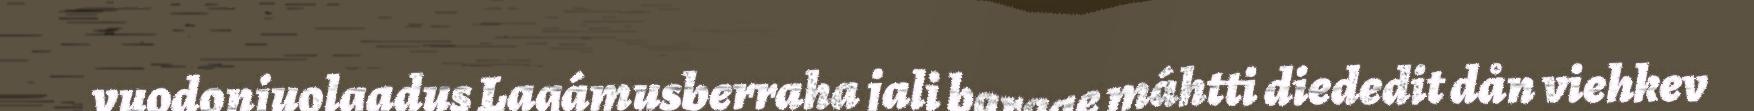
vuodonjuolgadus Lagámusberraha jali bargge máhtti diededit dån viehkev